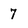
Character: 7